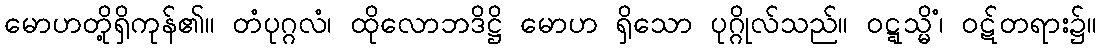
မောဟတို့ရှိကုန်၏။ တံပုဂ္ဂလံ၊ ထိုလောဘဒိဋ္ဌိ မောဟ ရှိသော ပုဂ္ဂိုလ်သည်။ ဝဋ္ဋသ္မိံ၊ ဝဋ်တရား၌။